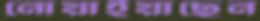
নোয়াইয়াছেন